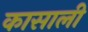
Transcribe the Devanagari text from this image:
कासाली